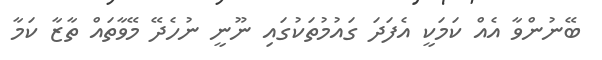
ބޭނުންވާ އެއް ކަމަކީ އެފަދަ ގައުމުތަކުގައި ނޫނީ ނުހެދޭ މޭވާތައް ތާޒާ ކަމާ